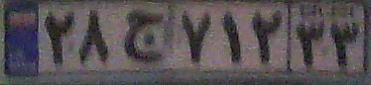
۲۸ج۷۱۲۳۳